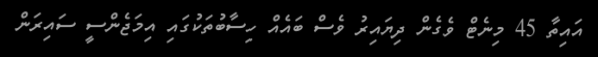
އައިތާ 45 މިނެޓް ވެގެން ދިޔައިރު ވެސް ބައެއް ހިސާބުތަކުގައި އިމަޖެންސީ ސައިރަން